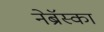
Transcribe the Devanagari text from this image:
नेब्रॅस्का